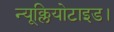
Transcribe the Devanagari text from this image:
न्यूक्लियोटाइड।